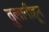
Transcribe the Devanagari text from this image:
तुलागीहून